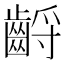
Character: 𪘤